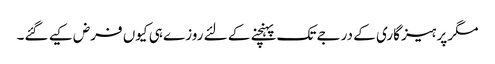
مگر پرہیز گاری کے درجے تک پہنچنے کے لئے روزے ہی کیوں فرض کیے گئے۔